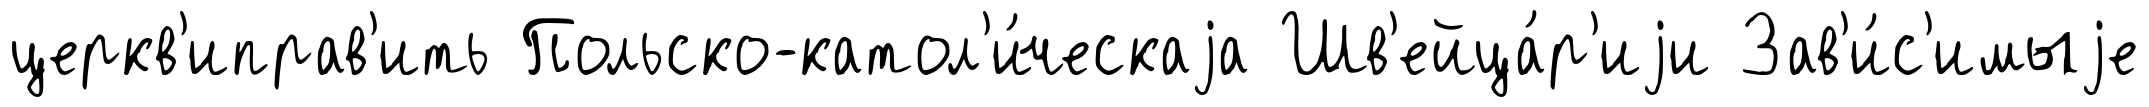
церкв'иправ'ить Польско-катол'и́ческаjа Шв'ейца́р'иjи Зав'и́с'имыjе